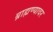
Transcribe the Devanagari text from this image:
ब्राह्मण्यावर